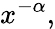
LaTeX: x^{-\alpha},